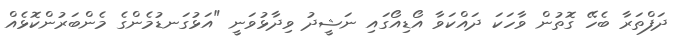
ދަފްތަރާ ބެހޭ ގޮތުން ވާހަކަ ދައްކަވާ އޯޑިއޯގައި ނަޝީދު ވިދާޅުވަނީ "އަޅުގަނޑުމެންގެ މެންބަރުންކޮޅެއް